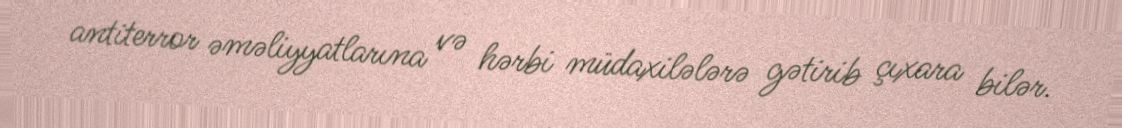
antiterror əməliyyatlarına və hərbi müdaxilələrə gətirib çıxara bilər.